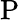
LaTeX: \operatorname{P}